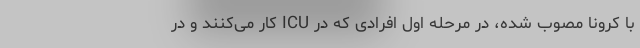
با کرونا مصوب شده، در مرحله اول افرادی که در ICU کار می‌کنند و در